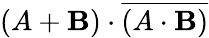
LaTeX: (A+\mathbf{B})\cdot{\overline{{{(A\cdot\mathbf{B})}}}}